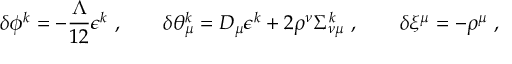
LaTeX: \delta \phi ^ { k } = - \frac { \Lambda } { 1 2 } \epsilon ^ { k } \ , \qquad \delta \theta _ { \mu } ^ { k } = D _ { \mu } \epsilon ^ { k } + 2 \rho ^ { \nu } \Sigma _ { \nu \mu } ^ { k } \ , \qquad \delta \xi ^ { \mu } = - \rho ^ { \mu } \ ,